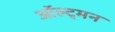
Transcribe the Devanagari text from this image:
ऑल्ट्मन